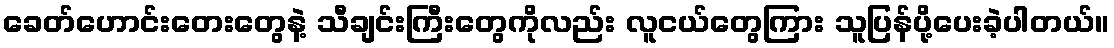
ခေတ်ဟောင်းတေးတွေနဲ့ သီချင်းကြီးတွေကိုလည်း လူငယ်တွေကြား သူပြန်ပို့ပေးခဲ့ပါတယ်။